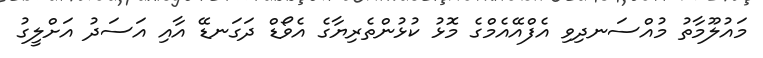
މައުލޫމާތު މުއްސަނދިވި އެފްއޭއެމްގެ މޮޅު ކުޅުންތެރިޔާގެ އެވޯޑް ދަގަނޑޭ އާއި އަސަދު އަށްލީގު